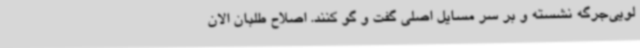
لویی‌جرگه نشسته و بر سر مسایل اصلی گفت و گو کنند. اصلاح طلبان الان